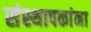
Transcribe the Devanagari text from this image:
संस्थापकांना